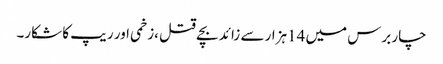
چار برس میں 14ہزار سے زائد بچے قتل ،زخمی اور ریپ کا شکار۔